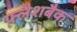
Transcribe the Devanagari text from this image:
फ़्लैशबैक